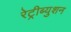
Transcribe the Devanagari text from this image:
रेट्रीब्युशन